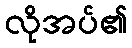
လိုအပ်၏